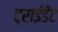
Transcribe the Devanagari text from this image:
ट्राईडेंट